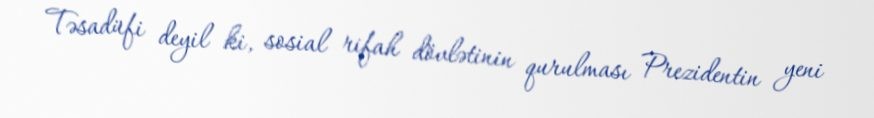
Təsadüfi deyil ki, sosial rifah dövlətinin qurulması Prezidentin yeni